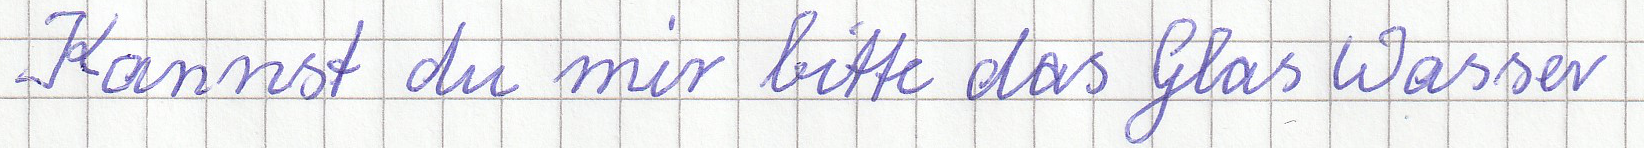
Kannst du mir bitte das Glas Wasser